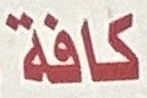
كافة